Lunatic asylums Burma 1907-21 - 1907-1921
Year: 1907
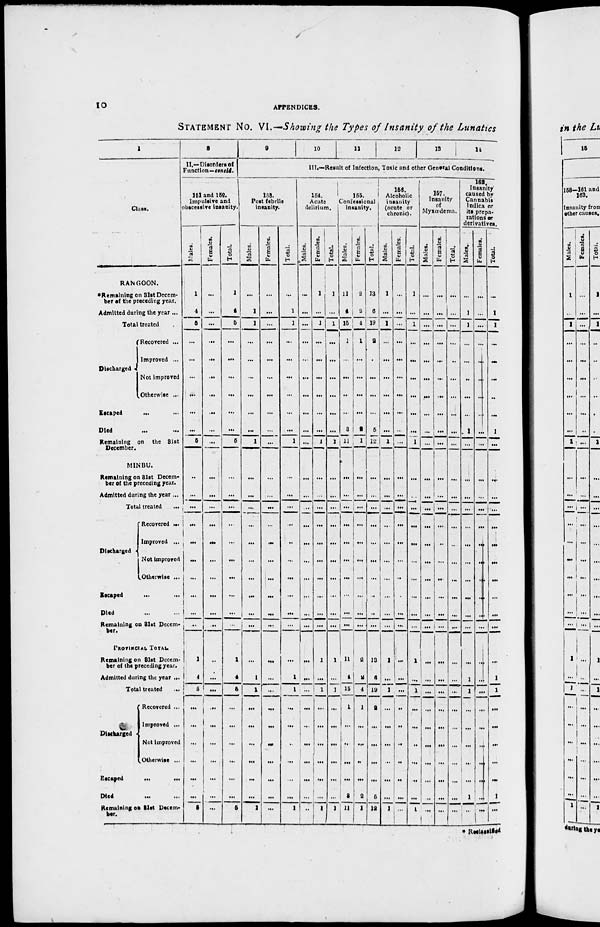
10
APPENDICES.
STATEMENT No. VI.—Showing the Types of Insanity of the Lunatics
1
Class.
RANGOON.
* Remaining on 31st Decem-
ber of the preceding year.
Admitted during the year ...
Total treated
Discharged Recovered ...
Improved ...
Not improved
Otherwise ...
Escaped ... ...
Died ... ...
Remaining on the 31st
December.
MINBU.
Remaining on 31st Decem-
ber of the preceding year.
Admitted during the year ...
Total treated ...
Discharged
Recovered ...
Improved ...
Not improved
Otherwise ...
Escaped ... ...
Died ... ...
Remaining on 31st Decem-
ber.
PROVINCIAL TOTAL.
Remaining on 31st Decem-
ber of the preceding year.
Admitted during the year ...
Total treated ...
Discharged
Recovered ...
Improved ...
Not improved
Otherwise ...
Escaped
...
...
Died ... ...
Remaining on 31st Decem-
ber.
8
II.—Disorders of
Function—concld.
151 and 152.
Impulsive and
obscessive insanity.
Males.
1
4
5
...
...
...
...
...
...
5
...
...
...
...
...
...
...
...
...
...
1
4
5
...
...
...
...
...
...
5
Females.
...
...
...
...
...
...
...
...
...
...
...
...
...
...
...
...
...
...
...
...
...
...
...
...
...
...
...
...
...
...
Total.
1
4
5
...
...
...
...
...
...
5
...
...
...
...
...
...
...
...
...
...
1
4
5
...
...
...
...
...
...
5
9
10
11
12
13
14
III.—Result of Infection, Toxic and other General Conditions.
153.
Post febrile
insanity.
Males.
...
1
1
...
...
...
...
...
...
1
...
...
...
...
...
...
...
...
...
...
...
1
1
...
...
...
...
...
...
1
Females.
...
...
...
...
...
...
...
...
...
...
...
...
...
...
...
...
...
...
...
...
...
...
...
...
...
...
...
...
...
...
Total.
...
1
1
...
...
...
...
...
...
1
...
...
...
...
...
...
...
...
...
...
...
1
1
...
...
...
...
...
...
1
154.
Acute
delirium.
Males.
...
...
...
...
...
...
...
...
...
...
...
...
...
...
...
...
...
...
...
...
...
...
...
...
...
...
...
...
...
...
Females.
1
...
1
...
...
...
...
...
...
1
...
...
...
...
...
...
...
...
...
...
1
...
1
...
...
...
...
...
...
1
Total.
1
...
1
...
...
...
...
...
...
1
...
...
...
...
...
...
...
...
...
...
1
...
1
...
...
...
...
...
...
1
155.
Confessional
insanity.
Males.
11
4
15
1
...
...
...
...
3
11
...
...
...
...
...
...
...
...
...
...
11
4
15
1
...
...
...
...
3
11
Females.
2
2
4
1
...
...
...
...
2
1
...
...
...
...
...
...
...
...
...
...
2
2
4
1
...
...
...
...
2
1
Total.
13
6
19
2
...
...
...
...
5
12
...
...
...
...
...
...
...
...
...
...
13
6
19
2
...
...
...
...
5
12
156.
Alcoholic
insanity
(acute or
chronic).
Males.
1
...
1
...
...
...
...
...
...
1
...
...
...
...
...
...
...
...
...
...
1
...
1
...
...
...
...
...
...
1
Females.
...
...
...
...
...
...
...
...
...
...
...
...
...
...
...
...
...
...
...
...
...
...
...
...
..
...
...
...
...
...
Total.
1
...
1
...
...
...
...
...
...
1
...
...
...
...
...
...
...
...
...
...
1
...
1
...
...
...
...
...
...
1
157.
Insanity
of
Myxœdema.
Males.
...
...
...
...
...
...
...
...
...
...
...
...
...
...
...
...
...
...
...
...
...
...
...
...
...
...
...
...
...
...
Females.
...
...
...
...
...
...
...
...
...
...
...
...
...
...
...
...
...
...
...
...
...
...
...
...
...
...
...
...
...
...
Total.
...
...
...
...
...
...
...
...
...
...
...
...
...
...
...
...
...
...
...
...
...
...
...
...
...
...
...
...
...
...
162.
Insanity
caused by
Cannabis
Indica or
its prepa-
rations or
derivatives.
Males.
...
1
1
...
...
...
...
...
1
...
...
...
...
...
...
...
...
...
...
...
...
1
1
...
...
...
...
...
1
...
Females.
...
...
...
...
...
...
...
...
...
...
...
...
...
...
...
...
...
...
...
...
...
...
...
...
...
...
...
...
...
...
Total.
...
1
1
...
...
...
...
...
1
...
...
...
...
...
...
...
...
...
...
...
...
1
1
...
...
...
...
...
1
...
* Reclassified